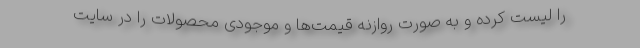
را لیست کرده و به صورت روازنه قیمت‌ها و موجودی‌ محصولات را در سایت